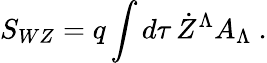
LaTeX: S_{WZ}=q\int d\tau\, \dot{Z}^{\Lambda}A_{\Lambda}\ .